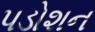
પડોશન